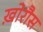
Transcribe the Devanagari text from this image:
ख़ोरौस